Annual vaccination report of Bihar and Orissa - 1911-1928
Year: 1911
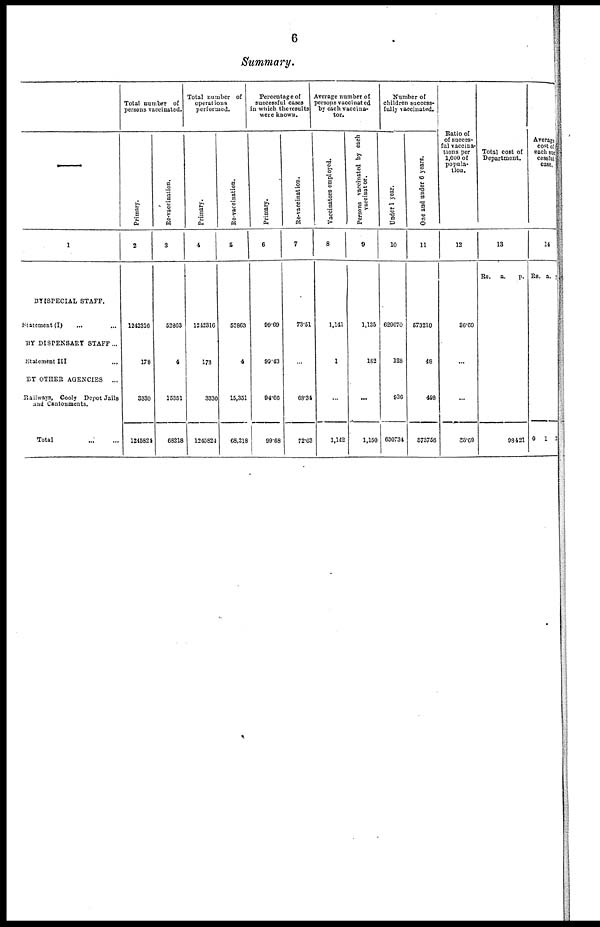
6
Summary.
—
1
BY SPECIAL STAFF.
Statement (I) ... ...
BY DISPENSARY STAFF...
Statement III ...
BY OTHER AGENCIES ...
Railways, Cooly Depot Jails
and Cantonments.
Total
...
...
Total number of
persons vaccinated.
Primary.
2
1242316
178
3330
1245821
Re-vaccination.
3
52863
4
153S1
68218
Total number of
operations
performed.
Primary.
4
1242316
178
3330
1245824
Re-vaccination.
5
52863
4
15,351
68,218
Percentage of
successful cases
in which the results
were known.
Primary.
6
99.69
99.43
94.60
99.68
Re-vaccination.
7
73.51
...
68.34
72.63
Average number of
persons vaccinated
by each vaccina-
tor.
Vaccinators employed.
8
1,141
1
...
1,142
Persons vaccinated by each
vaccinator.
9
1,135
183
...
1,150
Number of
children success-
fully vaccinated.
Under 1 year.
10
629670
128
936
630734
One and under 6 years.
11
573210
48
498
573756
Ratio of
of succes¬
ful vaccina-
tions per
1,000 of
popula-
tion.
12
36.69
...
...
38.69
Total cost of
Department.
13
Rs. a.
p.
98421
Average
cost of
each suc
cessful
case.
14
Rs.
0
a.
1
p.
25